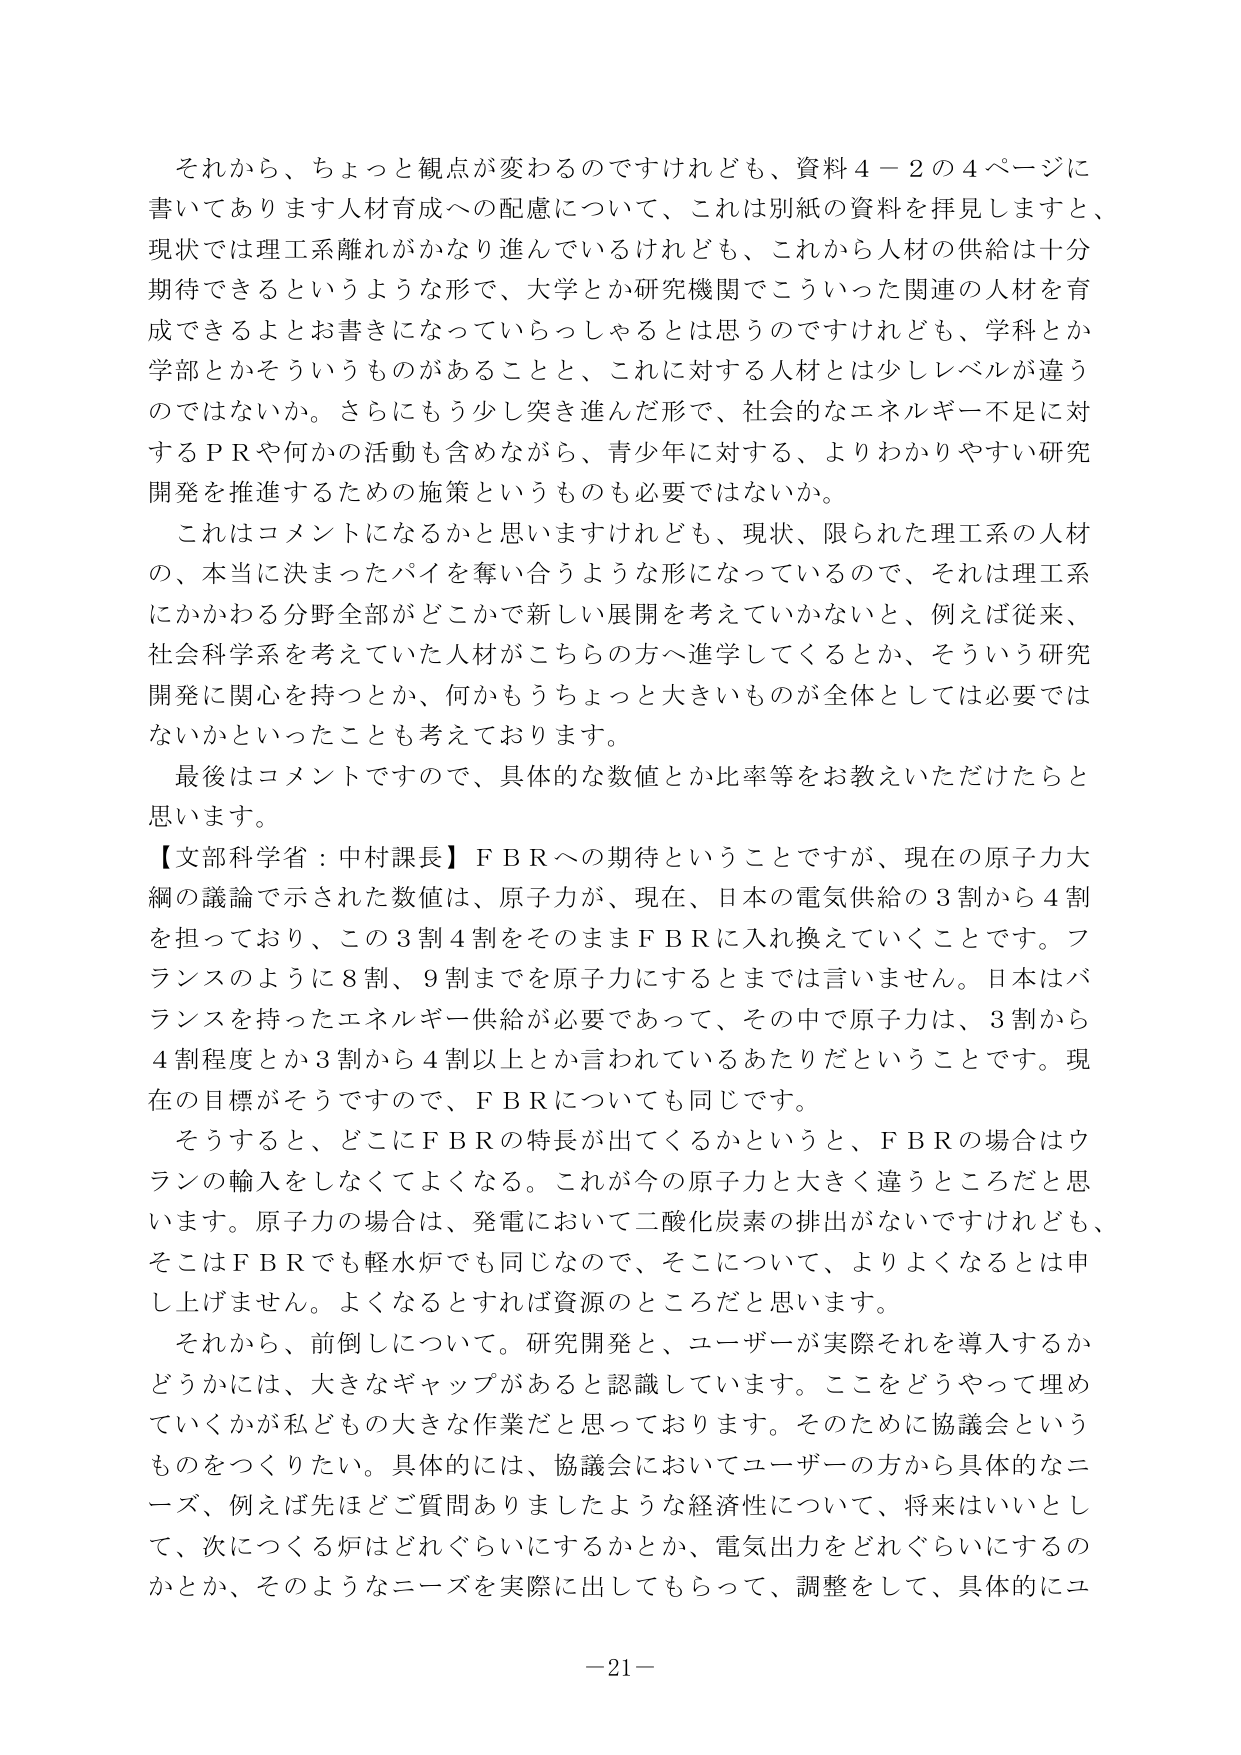
それから、ちょっと観点が変わるのですけれども、資料４－２の４ページに書いてあります人材育成への配慮について、これは別紙の資料を拝見しますと、現状では理工系離れがかなり進んでいるけれども、これから人材の供給は十分期待できるというような形で、大学とか研究機関でこういった関連の人材を育成できるよとお書きになっていらっしゃるとは思うのですけれども、学科とか学部とかそういうものがあることと、これに対する人材とは少しレベルが違うのではないか。さらにもう少し突き進んだ形で、社会的なエネルギー不足に対するＰＲや何かの活動も含めながら、青少年に対する、よりわかりやすい研究開発を推進するための施策というのも必要ではないか。

これはコメントになるかと思いますけれども、現状、限られた理工系の人材の、本当に決まったパイを奪い合うような形になっているので、それは理工系にかかわる分野全部がどこかで新しい展開を考えていかないと、例えば従来、社会科学系を考えていた人材がこちらの方へ進学してくるとか、そういう研究開発に関心を持つとか、何かもうちょっと大きいものが全体としては必要ではないかといったことも考えております。

最後はコメントですので、具体的な数値とか比率等をお教えいただけたらと思います。

【文部科学省：中村課長】ＦＢＲへの期待ということですが、現在の原子力大綱の議論で示された数値は、原子力が、現在、日本の電気供給の３割から４割を担っており、この３割４割をそのままＦＢＲに入れ換えていくことです。フランスのように８割、９割までを原子力にするとは言いません。日本はバランスを持ったエネルギー供給が必要であって、その中で原子力は、３割から４割程度とか３割から４割以上とか言われているあたりだということです。現在の目標がそうですので、ＦＢＲについても同じです。

そうすると、どこにＦＢＲの特長が出てくるかというと、ＦＢＲの場合はウランの輸入をしなくてよくなる。これが今の原子力と大きく違うところだと思います。原子力の場合は、発電において二酸化炭素の排出がないですけれども、そこはＦＢＲでも軽水炉でも同じなので、そこについて、よりよくなるとは申し上げません。よくなるとすれば資源のところだと思います。

それから、前倒しについて。研究開発と、ユーザーが実際にそれを導入するかどうかには、大きなギャップがあると認識しています。これをどうやって埋めていくかが私どもの大きな作業だと思っております。そのために協議会というものをつくりたい。具体的には、協議会においてユーザーの方から具体的なニーズ、例えば先ほどご質問ありましたような経済性について、将来はいいとして、次につくる炉はどれぐらいにするかとか、電気出力をどれぐらいにするのかとか、そのようなニーズを実際に出してもらって、調整をして、具体的にユ

－21－